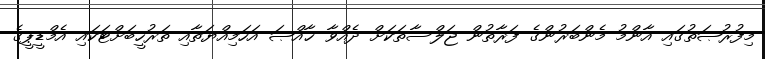
މިފުރުޞަތުގައި އާންމު މެންބަރުންގެ ފަރާތުން ޖަލްސާތަކަށް ދެއްވާ ޚާއްޞަ އަހަމިއްޔަތާއި ތަރުހީބަށްޓަކައި އެމްޑީޕީގެ